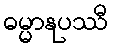
ဓမ္မာနုပဿီ